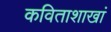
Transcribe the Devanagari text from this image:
कविताशाखां